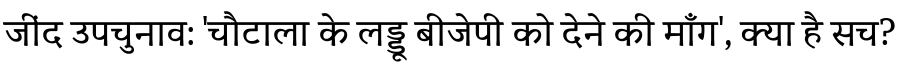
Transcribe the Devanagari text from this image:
जींद उपचुनाव: 'चौटाला के लड्डू बीजेपी को देने की माँग', क्या है सच?